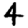
Digit: 4